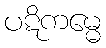
ပဋိကမ္မေ